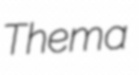
Thema